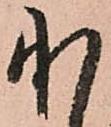
承